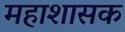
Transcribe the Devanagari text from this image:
महाशासक